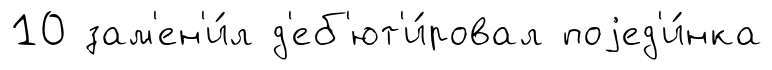
10 зам'ен'и́л д'еб'ют'и́ровал поjед'и́нка